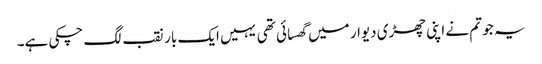
یہ جو تم نے اپنی چھڑی دیوار میں گھسائی تھی یہیں ایک بار نقب لگ چکی ہے۔